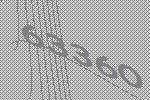
63360